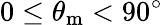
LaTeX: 0\leq\theta_{\mathrm{m}}<90^{\circ}